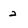
Character: 2